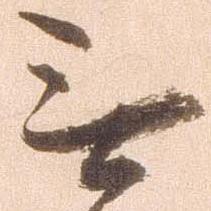
無